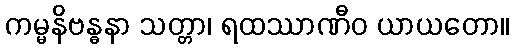
ကမ္မနိဗန္ဓနာ သတ္တာ၊ ရထဿာဏီဝ ယာယတော။